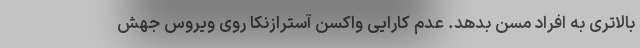
بالاتری به افراد مسن بدهد. عدم کارایی واکسن آسترازنکا روی ویروس جهش